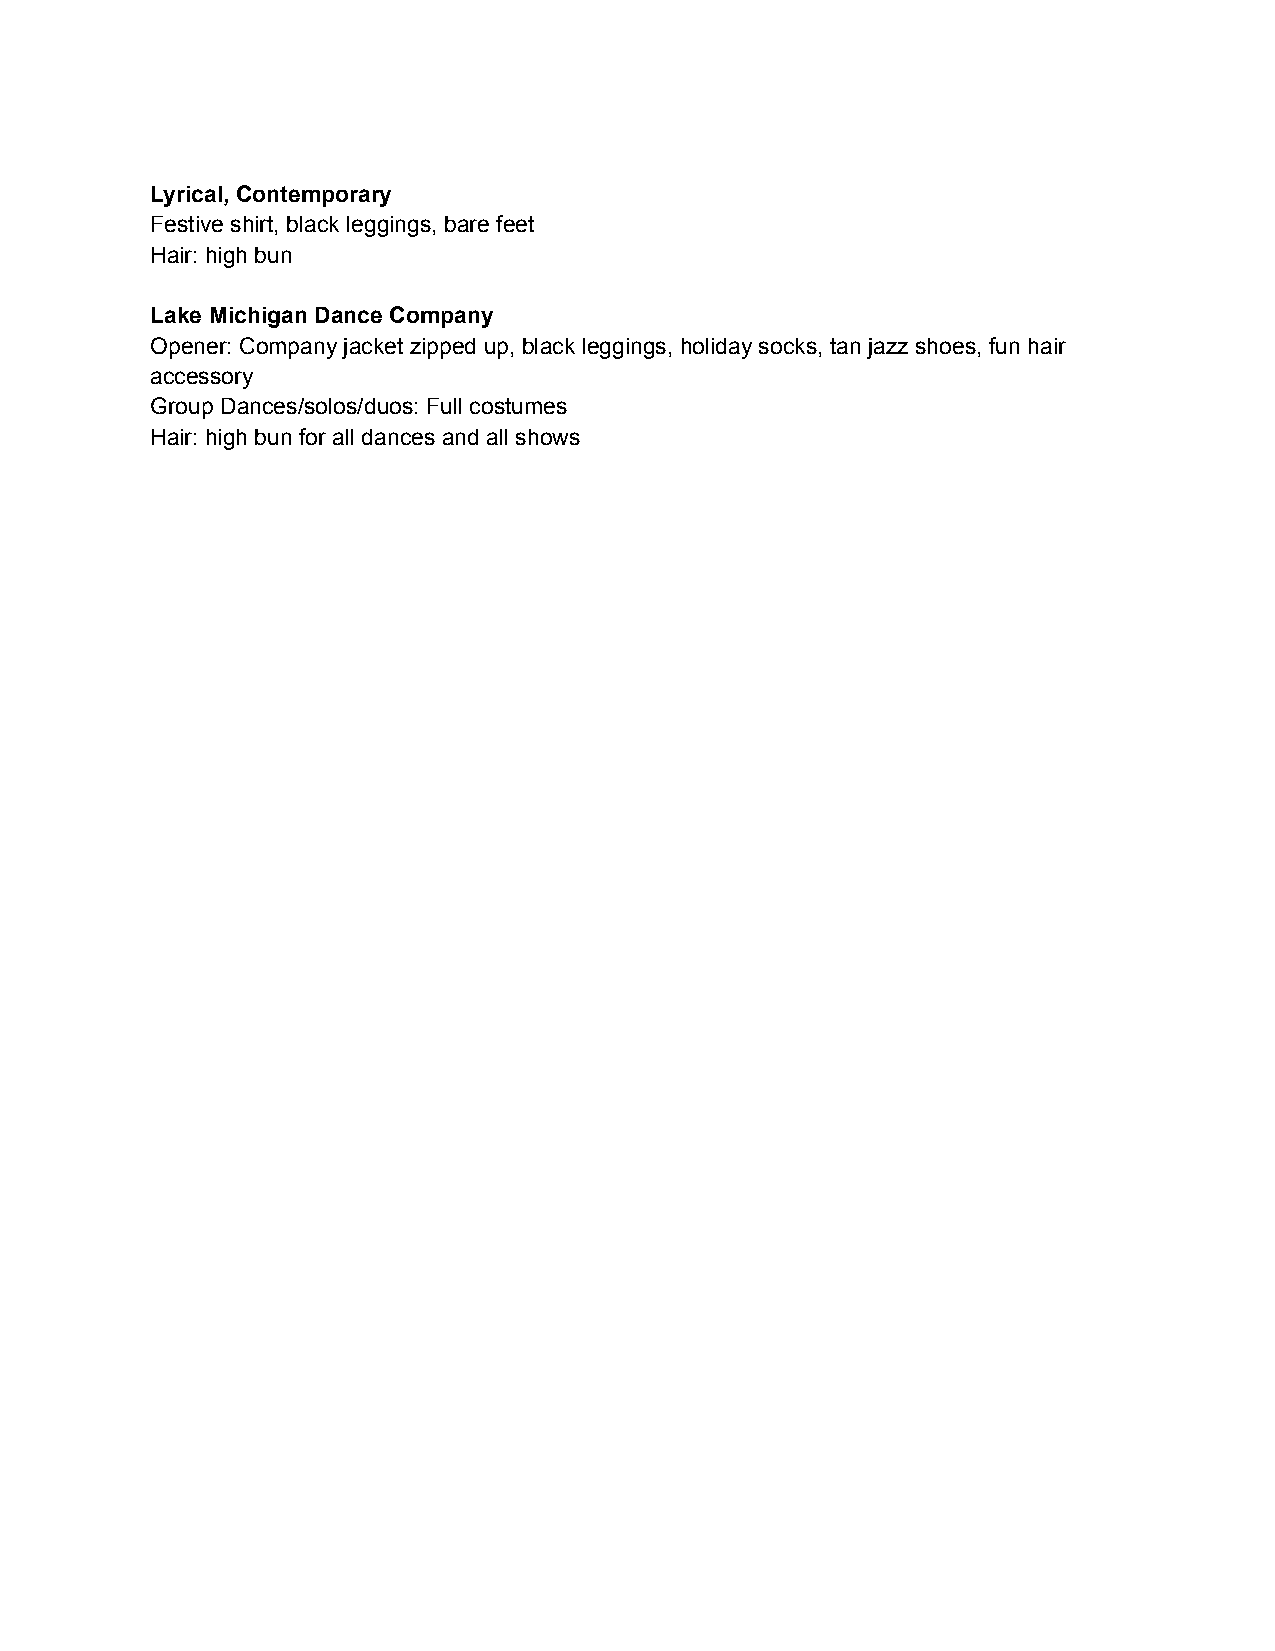
Lyrical, Contemporary
 Festive shirt, black leggings, bare feet
 Hair: high bun
 Lake Michigan Dance Company
 Opener: Company jacket zipped up, black leggings, holiday socks, tan jazz shoes, fun hair
 accessory
 Group Dances/solos/duos: Full costumes
 Hair: high bun for all dances and all shows